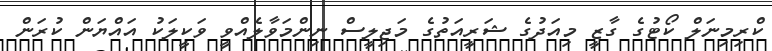
ކްރިމިނަލް ކޯޓުގެ ގާޒީ މިއަދުގެ ޝަރީއަތުގެ މަޖިލީސް ނިންމަވާލެއްވީ ވަކީލަކު އައްޔަން ކުރަން